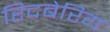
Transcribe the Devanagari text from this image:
रिदबेरिय